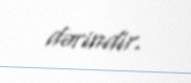
dərindir.